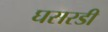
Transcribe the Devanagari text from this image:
घसरडी